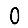
Digit: 0